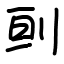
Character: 刯